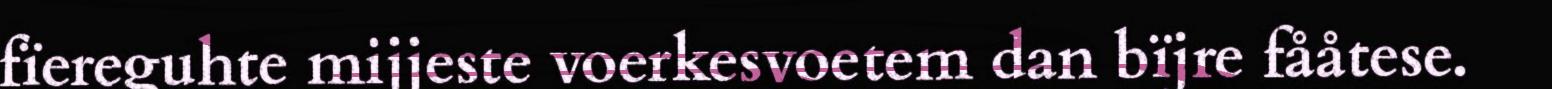
fïereguhte mijjeste voerkesvoetem dan bïjre fååtese.